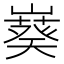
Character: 𫶙